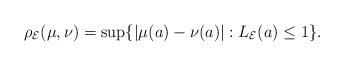
LaTeX: \begin{gather*}\rho_{\mathcal E}(\mu, \nu)=\sup \{|\mu(a)-\nu(a) |: L_{\mathcal E}(a) \leq 1\}.\end{gather*}